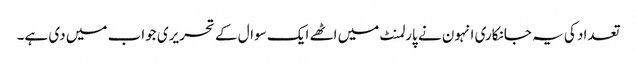
تعداد کی یہ جانکاری انہون نے پارلمنٹ میں اٹھے ایک سوال کے تحریری جواب میں دی ہے۔